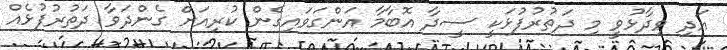
އަދި ވިދާޅުވީ މި ދަތުރުފުޅަކީ ސީދާ އޮބާމާ އަންގަވައިގެން ކުރިއަށް ގެންދަވާ ދަތުރުފުޅެއް